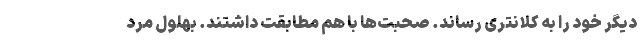
دیگر خود را به کلانتری رساند. صحبت‌ها با هم مطابقت داشتند. بهلول مرد